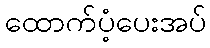
ထောက်ပံ့ပေးအပ်